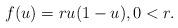
LaTeX: \begin{align*}f(u)=ru(1-u), 0<r.\end{align*}